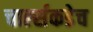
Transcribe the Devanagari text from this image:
चार्ल्सकडेच